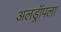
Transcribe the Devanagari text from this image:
अलड्रॉपला